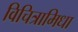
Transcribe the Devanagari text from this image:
विचित्रामिधा